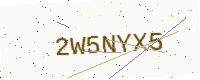
Text: 2W5NYX5